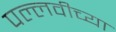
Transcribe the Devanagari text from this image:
पल्लवीच्या